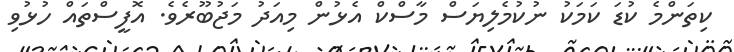
ކިތަންމެ ކުޑަ ކަމަކު ނުކުމެލިޔަސް މާސްކް އެޅުން މިއަދު މަޖުބޫރެވެ. އޮފީސްތައް ހުޅުވި